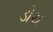
ડોચ